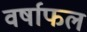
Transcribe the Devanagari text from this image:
वर्षाफल